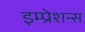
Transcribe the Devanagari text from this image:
इम्प्रेशन्स